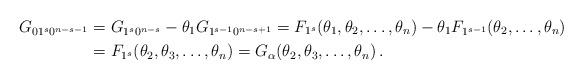
LaTeX: \begin{align*}G_{01^s0^{n-s-1}}&= G_{1^s0^{n-s}} - \theta_1 G_{1^{s-1}0^{n-s+1}} =F_{1^s}(\theta_1,\theta_2 ,\ldots,\theta_n) - \theta_1 F_{1^{s-1}}(\theta_2 ,\ldots,\theta_n) \\ &= F_{1^s}(\theta_2,\theta_3 ,\ldots,\theta_n)= G_{\alpha}(\theta_2,\theta_3 ,\ldots,\theta_n)\,.\end{align*}